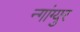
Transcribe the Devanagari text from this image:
न्गांग्युर